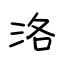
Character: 洛